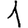
Digit: 1